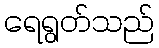
ရေရွတ်သည်